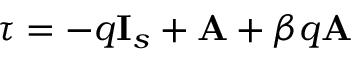
\boldsymbol { \tau } = - q \mathbf { I } _ { s } + \mathbf { A } + \beta q \mathbf { A }